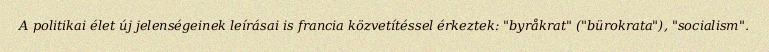
A politikai élet új jelenségeinek leírásai is francia közvetítéssel érkeztek: "byråkrat" ("bürokrata"), "socialism".